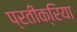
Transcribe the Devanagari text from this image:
प्रतीक्रिया